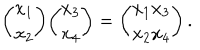
{ \binom { x _ { 1 } } { x _ { 2 } } } { \binom { x _ { 3 } } { x _ { 4 } } } = { \binom { x _ { 1 } x _ { 3 } } { x _ { 2 } x _ { 4 } } } \, .